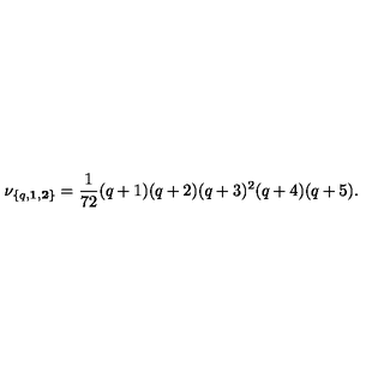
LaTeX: \nu _ { \{ q , { \bf 1 } , { \bf 2 } \} } = { \frac { 1 } { 7 2 } } ( q + 1 ) ( q + 2 ) ( q + 3 ) ^ { 2 } ( q + 4 ) ( q + 5 ) .